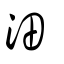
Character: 沺